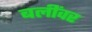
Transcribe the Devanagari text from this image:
बलींवर